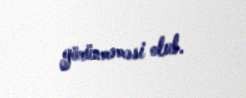
görünməməsi olub.